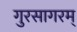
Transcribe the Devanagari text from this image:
गुरसागरम्